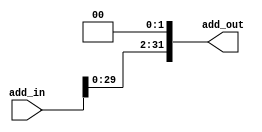
module shift_left2_branch(add_in, add_out);
input [31:0] add_in;
output [31:0] add_out;
assign add_out[31:0]={add_in[29:0],2'b00};
endmodule